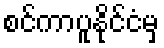
စင်ကာပူနိုင်ငံမှ